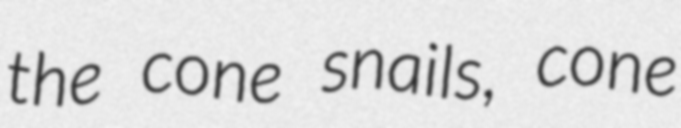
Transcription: the cone snails, cone